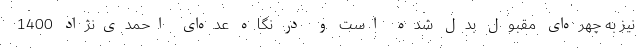
نیز به چهره‌ای مقبول بدل شده است و در نگاه عده‌ای احمدی‌نژاد 1400